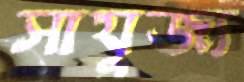
সাযুজ্য